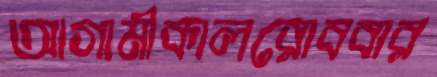
আগামীকালরোববার